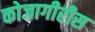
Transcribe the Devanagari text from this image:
कोजागीरीस